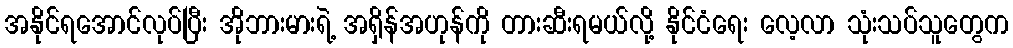
အနိုင်ရအောင်လုပ်ပြီး အိုဘားမားရဲ့ အရှိန်အဟုန်ကို တားဆီးရမယ်လို့ နိုင်ငံရေး လေ့လာ သုံးသပ်သူတွေက